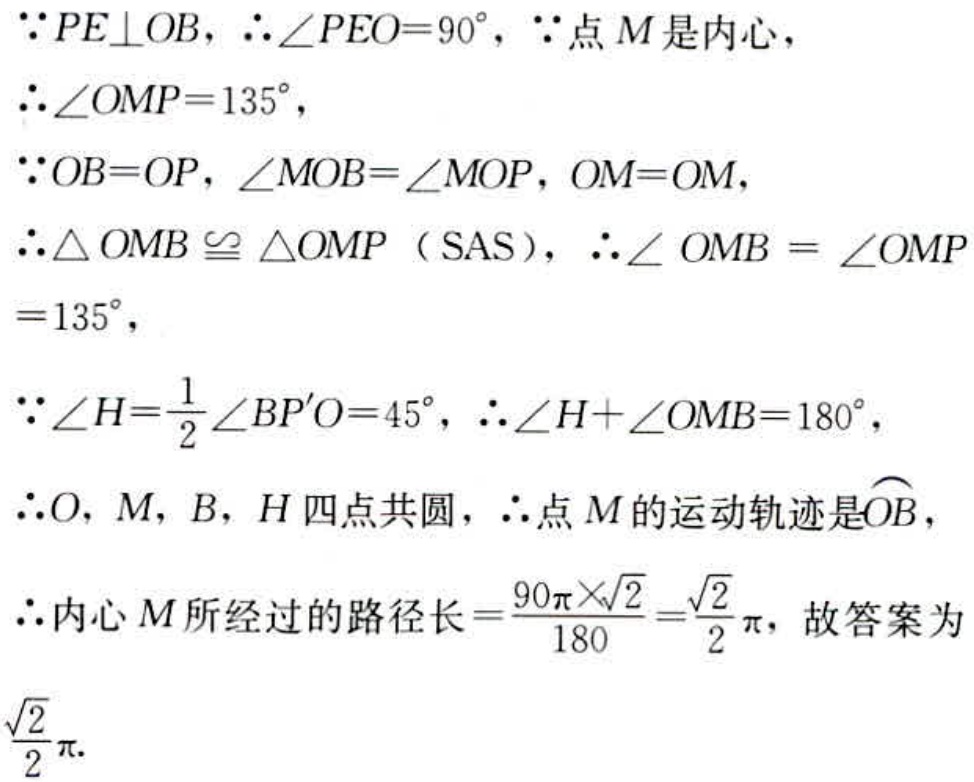
\(\because PE\perp OB,\therefore\angle PEO = 90^{\circ},\because\)点\(M\)是内心，
\(\therefore\angle OMP = 135^{\circ},\)
\(\because OB = OP,\angle MOB=\angle MOP,OM = OM,\)
\(\therefore\triangle OMB\cong\triangle OMP\ (\text{SAS}),\therefore\angle OMB=\angle OMP = 135^{\circ},\)
\(\because\angle H=\frac{1}{2}\angle BP'O = 45^{\circ},\therefore\angle H+\angle OMB = 180^{\circ},\)
\(\therefore O,M,B,H\)四点共圆，\(\therefore\)点\(M\)的运动轨迹是\(\overset{\frown}{OB}\)，
\(\therefore\)内心\(M\)所经过的路径长\(=\frac{90\pi\times\sqrt{2}}{180}=\frac{\sqrt{2}}{2}\pi\)，故答案为\(\frac{\sqrt{2}}{2}\pi\).